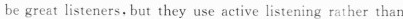
be great listeners, but they use active listening rather than